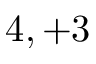
4 , + 3